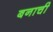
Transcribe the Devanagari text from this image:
बनाची